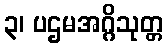
၃၊ ပဌမအဂ္ဂိသုတ္တ